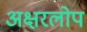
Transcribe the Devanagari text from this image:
अक्षरलोप